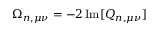
\Omega _ { n , \mu \nu } = - 2 \operatorname { I m } [ Q _ { n , \mu \nu } ]